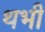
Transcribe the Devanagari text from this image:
थभी